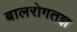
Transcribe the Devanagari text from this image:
बालरोगतज्ञ